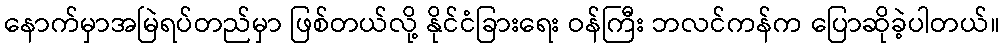
နောက်မှာအမြဲရပ်တည်မှာ ဖြစ်တယ်လို့ နိုင်ငံခြားရေး ဝန်ကြီး ဘလင်ကန်က ပြောဆိုခဲ့ပါတယ်။